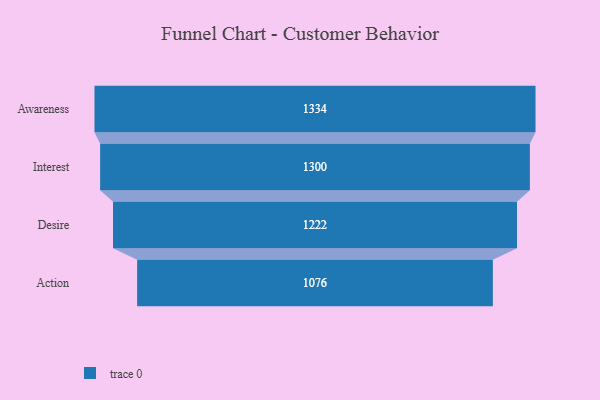
{"axis": {"x": "Stage", "y": "Value"}, "legend": [""], "data": [{"x": "Awareness", "y": 1334.0, "type": ""}, {"x": "Interest", "y": 1300.0, "type": ""}, {"x": "Desire", "y": 1222.0, "type": ""}, {"x": "Action", "y": 1076.0, "type": ""}]}